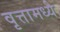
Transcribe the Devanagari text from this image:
वृत्तामध्ये